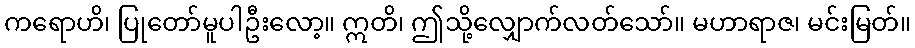
ကရောဟိ၊ ပြုတော်မူပါဦးလော့။ ဣတိ၊ ဤသို့လျှောက်လတ်သော်။ မဟာရာဇ၊ မင်းမြတ်။